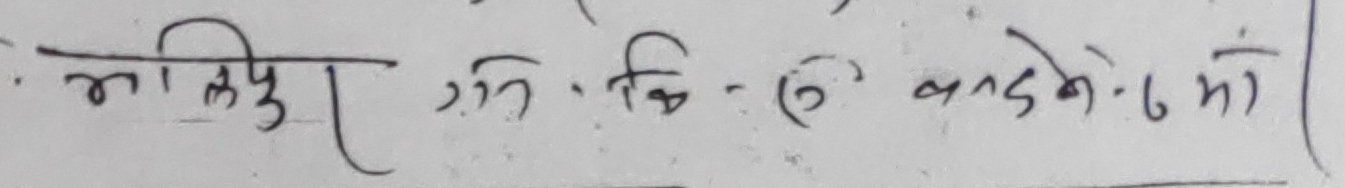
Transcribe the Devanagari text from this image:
मालिपु रुन कि - (६) कदम मो)